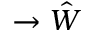
\rightarrow \hat { W }